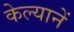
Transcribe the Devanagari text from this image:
केल्यानें